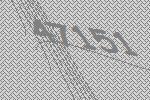
47151